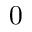
0